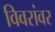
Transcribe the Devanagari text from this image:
विवरांवर